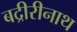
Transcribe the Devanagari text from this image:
बद्रीरीनाथ